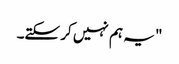
" یہ ہم نہیں کر سکتے۔